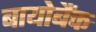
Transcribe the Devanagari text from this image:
बायोबैंक